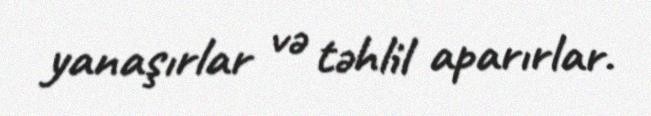
yanaşırlar və təhlil aparırlar.